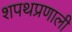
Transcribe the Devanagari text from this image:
शपथप्रणाली